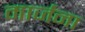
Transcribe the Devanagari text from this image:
मार्जना